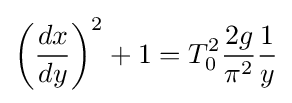
\left({\frac {dx}{dy}}\right)^{2}+1=T_{0}^{2}{\frac {2g}{\pi ^{2}}}{\frac {1}{y}}